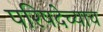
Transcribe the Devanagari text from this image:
परिषदेच्याच